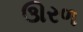
ઊરળ